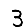
Digit: 3